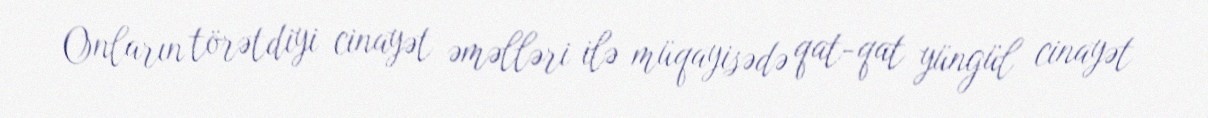
Onların törətdiyi cinayət əməlləri ilə müqayisədə qat-qat yüngül cinayət